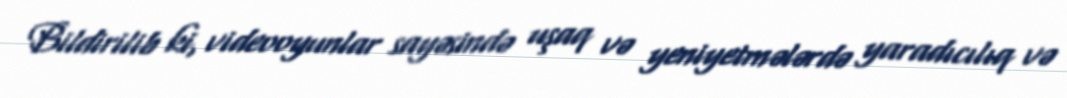
Bildirilib ki, videooyunlar sayəsində uşaq və yeniyetmələrdə yaradıcılıq və